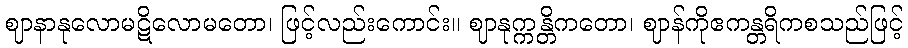
ဈာနာနုလောမဋိလောမတော၊ ဖြင့်လည်းကောင်း။ ဈာနုက္ကန္တိကတော၊ ဈာန်ကိုဧကန္တရိကစသည်ဖြင့်